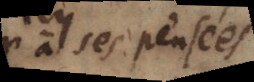
à ses pensées.